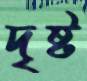
দৃষ্ট